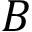
B